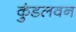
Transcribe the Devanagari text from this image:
कुंडलवन